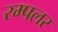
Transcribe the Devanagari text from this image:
रम्पलर